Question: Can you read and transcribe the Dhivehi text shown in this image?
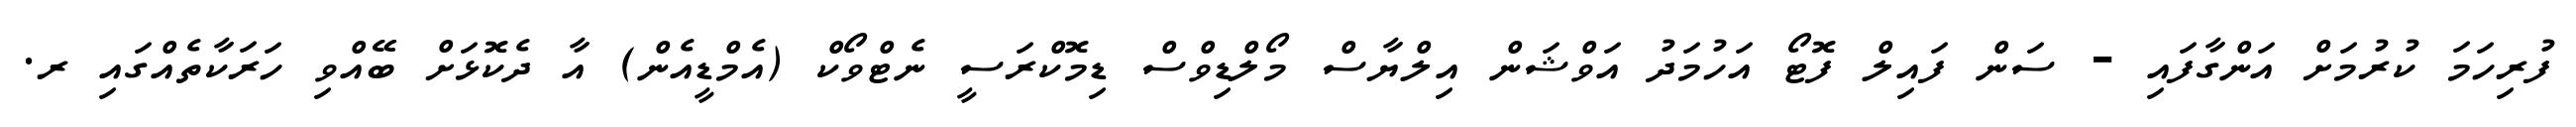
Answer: ފުރިހަމަ ކުރުމަށް އަންގާފައި - ސަން ފައިލް ފޮޓޯ އަހުމަދު އަވްޝަން އިލްޔާސް މޯލްޑިވްސް ޑިމޮކްރަސީ ނެޓްވޯކް (އެމްޑީއެން) އާ ދެކޮޅަށް ބޭއްވި ހަރަކާތެއްގައި ރ.